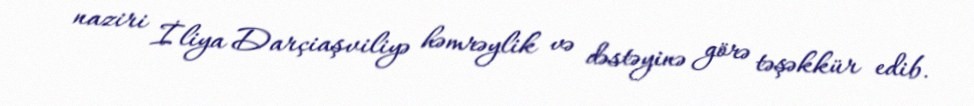
naziri İliya Darçiaşviliyə həmrəylik və dəstəyinə görə təşəkkür edib.